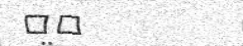
٦٦